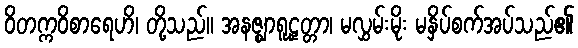
ဝိတက္ကဝိစာရေဟိ၊ တို့သည်။ အနဇ္ဈာရူဠှတ္တာ၊ မလွှမ်းမိုး မနှိပ်စက်အပ်သည်၏